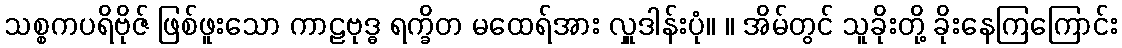
သစ္စကပရိဗိုဇ် ဖြစ်ဖူးသော ကာဠဗုဒ္ဓ ရက္ခိတ မထေရ်အား လှူဒါန်းပုံ။ ။ အိမ်တွင် သူခိုးတို့ ခိုးနေကြကြောင်း